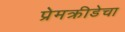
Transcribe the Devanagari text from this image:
प्रेमक्रीडेचा